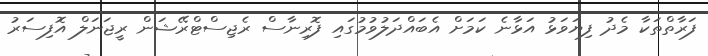
ފަރާތްތަކާ މެދު ފިޔަވަޅު އަޅާނެ ކަމަށް އެބައްދަލުވުމުގައި ފޮރިނާސް ރެޖިސްޓްރޭޝަން ރީޖަނަލް އޮފިސަރު